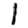
Digit: 1